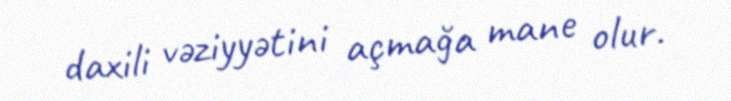
daxili vəziyyətini açmağa mane olur.